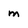
Character: m